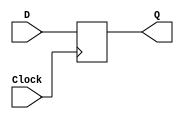
module dflipflop(D, Clock,Q);
input D,Clock;
output  reg Q;
	always @(posedge Clock)
		Q <= D;
endmodule